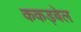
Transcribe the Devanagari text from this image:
ककड़बेल